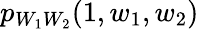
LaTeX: p_{W_{1}W_{2}}(1,w_{1},w_{2})